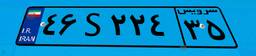
۴۶S۲۲۴۳۵